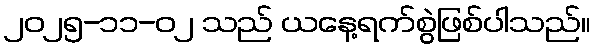
၂၀၂၅-၁၁-၀၂ သည် ယနေ့ရက်စွဲဖြစ်ပါသည်။